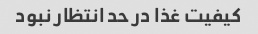
کیفیت غذا در حد انتظار نبود